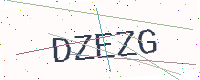
Text: DZEZG